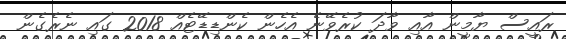
ރައީސް ޔާމީން އާއި ވާދަ ކުރެވޭނެ އެހެން ކެންޑިޑޭޓެއް 2018 ގައި ނެރެގެން